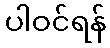
ပါဝင်ရန်